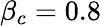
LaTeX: \beta_{c}=0.8